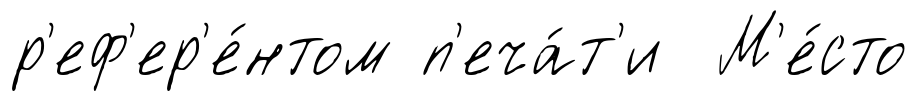
р'еф'ер'е́нтом п'еча́т'и М'е́сто